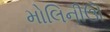
મોલિનીઊ